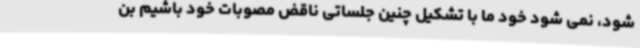
شود، نمی شود خود ما با تشکیل چنین جلساتی ناقض مصوبات خود باشیم بن